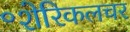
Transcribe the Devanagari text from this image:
॰शेरिकलचर